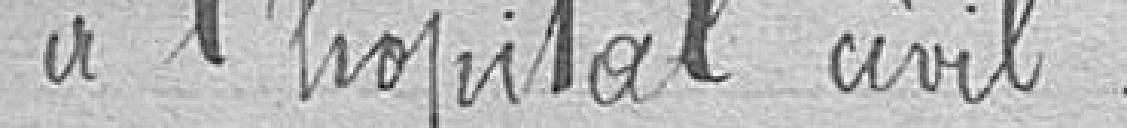
à l'hôpital civil